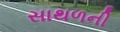
સાથળની